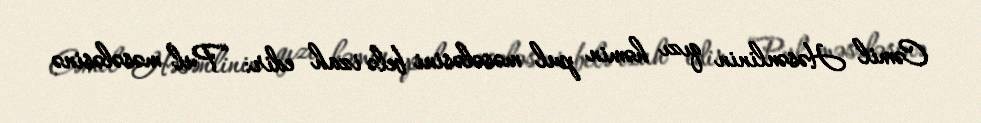
Cəmil Həsənlinin qızı həmin pul məsələsini belə izah edir: “Pul məsələsinə